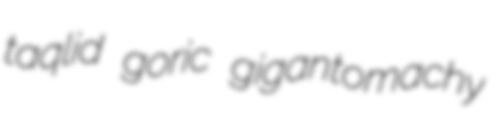
taqlid goric gigantomachy